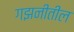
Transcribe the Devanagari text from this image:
गझनीतील